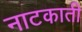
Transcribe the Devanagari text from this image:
नाटकाती